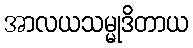
အာလယသမ္မုဒိတာယ